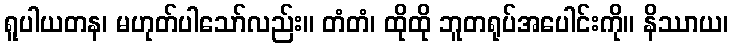
ရူပါယတန၊ မဟုတ်ပါသော်လည်း။ တံတံ၊ ထိုထို ဘူတရုပ်အပေါင်းကို။ နိဿာယ၊